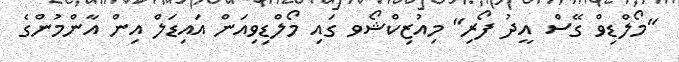
"މޯލްޑިވް ގޭސް އީދު ފޯރި" މިއުޒިކްޝޯވ ގައި މޯލްޑިވިއަން އައިޑަލް އިން އާންމުންގެ